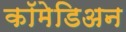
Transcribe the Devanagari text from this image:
कॉमेडिअन